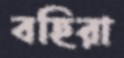
বহিরা